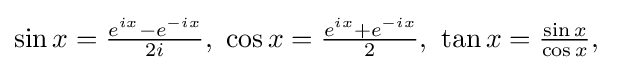
\textstyle \sin x={\frac {e^{ix}-e^{-ix}}{2i}},\ \cos x={\frac {e^{ix}+e^{-ix}}{2}},\ \tan x={\frac {\sin x}{\cos x}},\